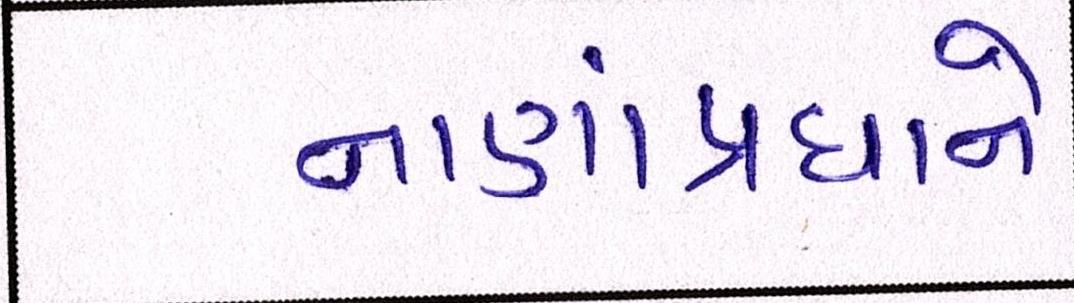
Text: નાણાંપ્રધાને